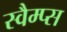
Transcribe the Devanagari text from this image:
स्वैम्प्स